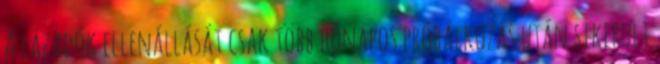
A lázadók ellenállását csak több hónapos próbálkozás után sikerült